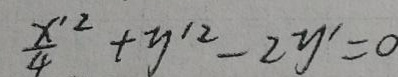
\frac{x'^{2}}{4}+y'^{2}-2y' = 0